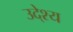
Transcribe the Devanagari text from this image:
उदे्श्य